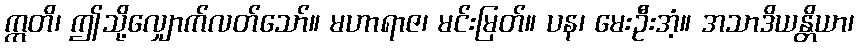
ဣတိ၊ ဤသို့လျှောက်လတ်သော်။ မဟာရာဇ၊ မင်းမြတ်။ ပန၊ မေးဦးအံ့။ အသာဒိယန္တိယာ၊